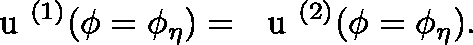
{ \mathrm { ~ \boldmath ~ u ~ } } ^ { ( 1 ) } ( \phi = \phi _ { \eta } ) = { \mathrm { ~ \boldmath ~ u ~ } } ^ { ( 2 ) } ( \phi = \phi _ { \eta } ) .